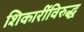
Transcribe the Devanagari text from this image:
शिकारींविरुद्ध